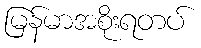
မြန်မာအစိုးရတပ်